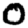
Digit: 0